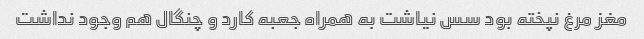
مغز مرغ نپخته بود سس نیاشت به همراه جعبه کارد و چنگال هم وجود نداشت